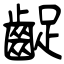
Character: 齪